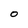
Character: 0